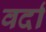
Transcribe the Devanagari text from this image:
वर्दा